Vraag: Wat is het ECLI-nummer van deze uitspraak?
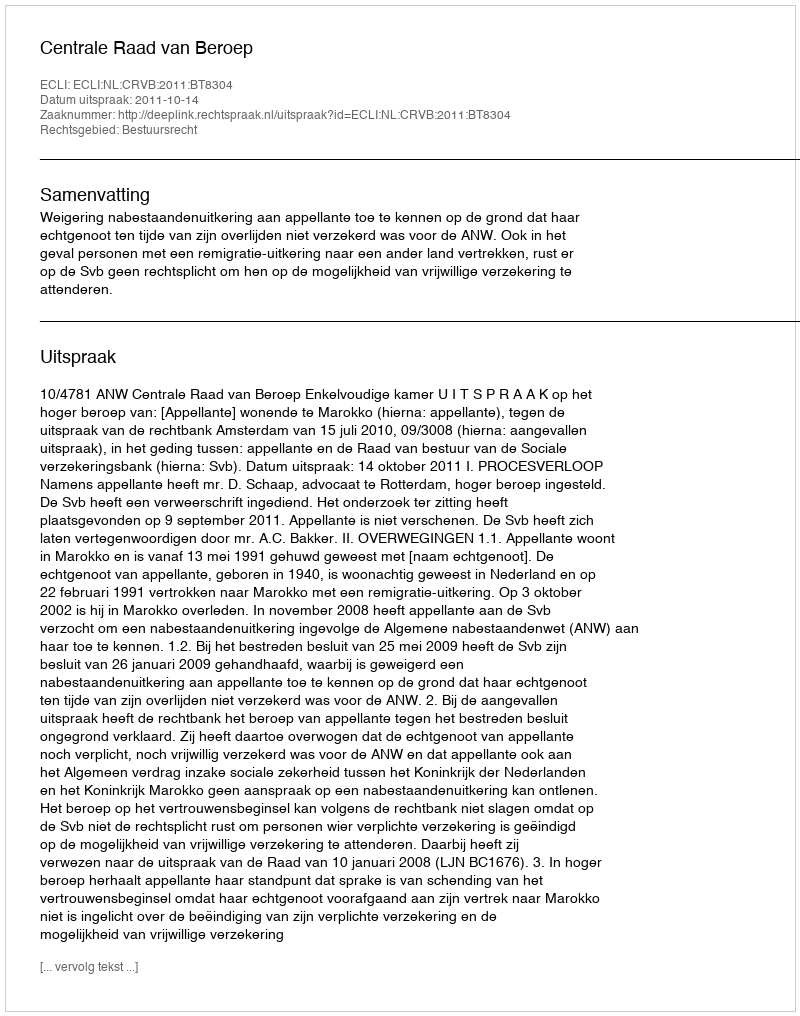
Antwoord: ECLI:NL:CRVB:2011:BT8304